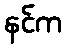
နင်က